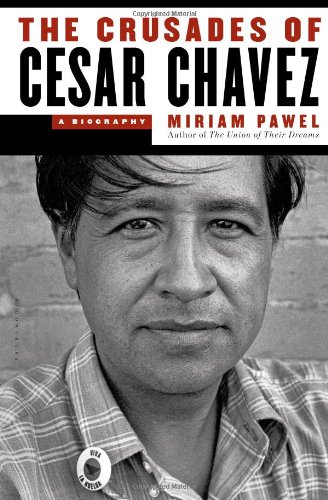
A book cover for The Crusades of Cesar Chavez: A Biography; Miriam Pawel; Biographies & Memoirs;